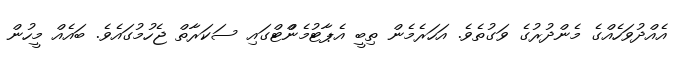
އެއްދުވަހެއްގެ މެންދުރުގެ ވަގުތެވެ. އަހަރެމެން ތިބީ އެޕާޓުމެންްޓްގައި ސަކަރާތް ޖެހުމުގައެވެ. ބައެއް މީހުން